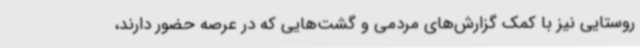
روستایی نیز با کمک گزارش‌های مردمی و گشت‌هایی که در عرصه حضور دارند،